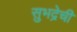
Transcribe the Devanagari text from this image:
सुभद्रेची